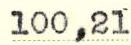
100,21